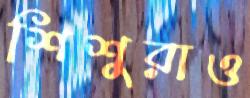
শিশুরাও